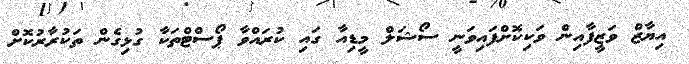
އިޔާޒް ވަޒީފާއިން ވަކިކޮށްފައިވަނީ ސޯޝަލް މީޑިއާ ގައި ކުރައްވާ ޕޯސްޓްތަކާ ގުޅިގެން ތަކުރާރުކޮށް